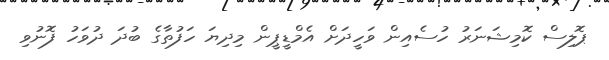
ޕޮލިސް ކޮމިޝަނަރު ހުސެއިން ވަހީދަށް އެމްޑީޕީން މިދިޔަ ހަފުތާގެ ބުދަ ދުވަހު ފޮނުވި